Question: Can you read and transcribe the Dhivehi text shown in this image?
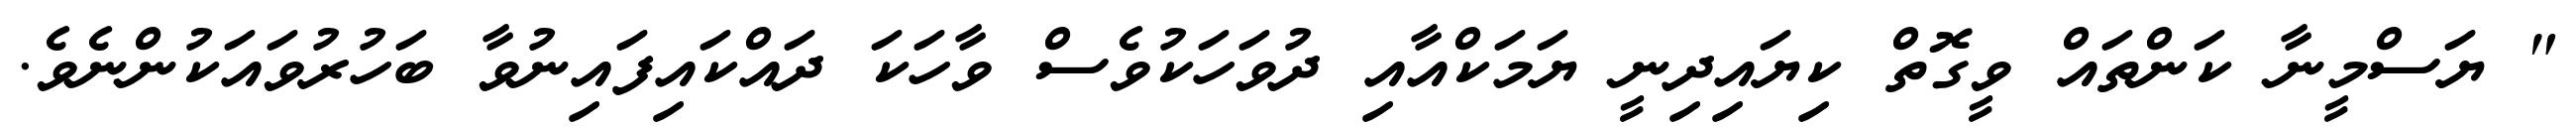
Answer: " ޔަސްމީނާ ކަންތައް ވީގޮތް ކިޔައިދިނީ ޔަމަކްއާއި ދުވަހަކުވެސް ވާހަކަ ދައްކައިފައިނުވާ ބަހުރުވައަކުންނެވެ.